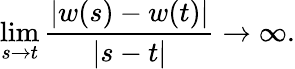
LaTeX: \operatorname*{lim}_{s\to t}{\frac{|w(s)-w(t)|}{|s-t|}}\to\infty.